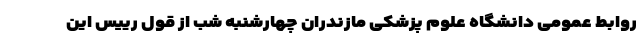
روابط عمومی دانشگاه علوم پزشکی مازندران چهارشنبه شب از قول رییس این